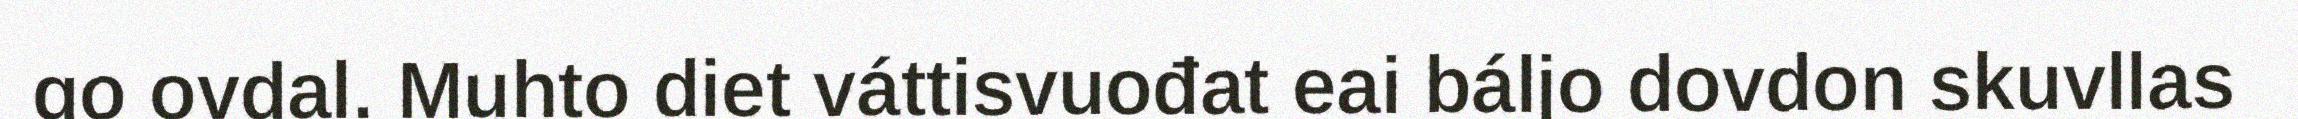
go ovdal. Muhto diet váttisvuođat eai báljo dovdon skuvllas